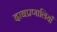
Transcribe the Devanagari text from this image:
दाबप्रणालियाँ